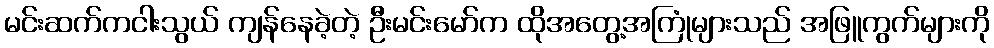
မင်းဆက်ကငါးသွယ် ကျန်နေခဲ့တဲ့ ဦးမင်းမော်က ထိုအတွေ့အကြုံများသည် အဖြူကွက်များကို